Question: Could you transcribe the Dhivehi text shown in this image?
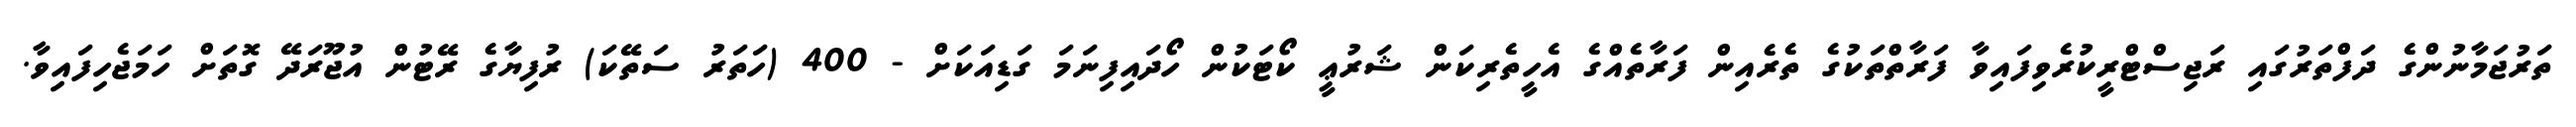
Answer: ތަރުޖަމާނުންގެ ދަފްތަރުގައި ރަޖިސްޓްރީކުރެވިފައިވާ ފަރާތްތަކުގެ ތެރެއިން ފަރާތެއްގެ އެހީތެރިކަން ޝަރުޢީ ކޯޓަކުން ހޯދައިފިނަމަ ގަޑިއަކަށް - 400 (ހަތަރު ސަތޭކަ) ރުފިޔާގެ ރޭޓުން އުޖޫރަދޭ ގޮތަށް ހަމަޖެހިފައިވާ.